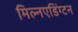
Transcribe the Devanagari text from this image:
मिल्नएडिंग्टन